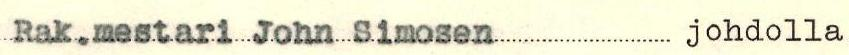
Rak.mestari John Simosen johdolla